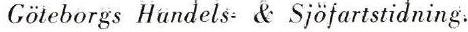
Göteborgs Handels- & Sjöfartstidning: